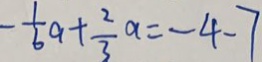
- \frac { 1 } { 6 } a + \frac { 2 } { 3 } a = - 4 - 7